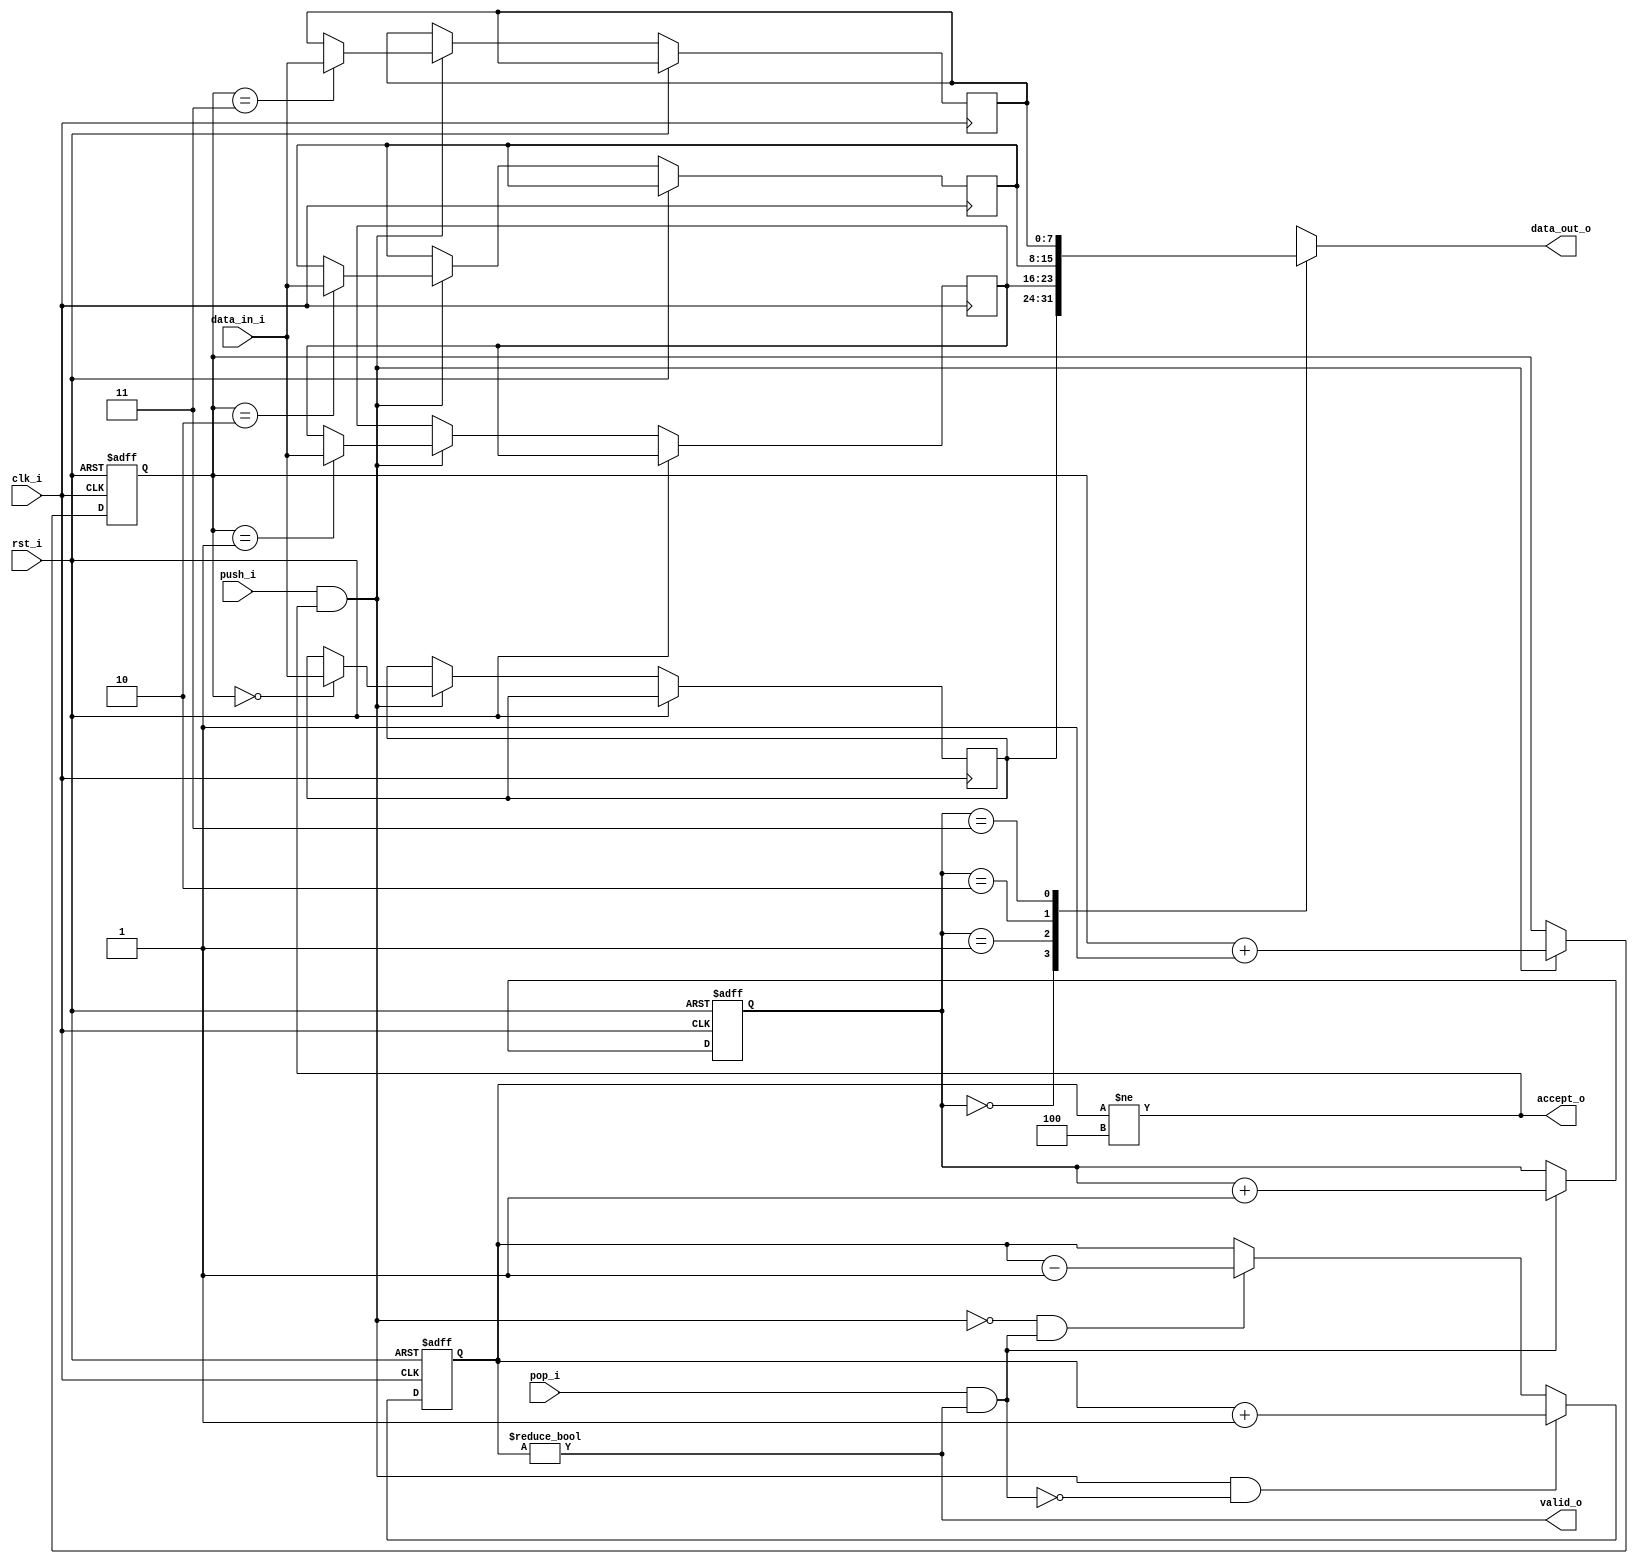
// This program was cloned from: https://github.com/ultraembedded/core_usb_bridge
// License: GNU Lesser General Public License v2.1

//-----------------------------------------------------------------
//                         USB to AXI Bridge
//                              V0.1
//                        Ultra-Embedded.com
//                          Copyright 2019
//
//
//                         License: LGPL
//-----------------------------------------------------------------
//
// This source file may be used and distributed without         
// restriction provided that this copyright statement is not    
// removed from the file and that any derivative work contains  
// the original copyright notice and the associated disclaimer. 
//
// This source file is free software; you can redistribute it   
// and/or modify it under the terms of the GNU Lesser General   
// Public License as published by the Free Software Foundation; 
// either version 2.1 of the License, or (at your option) any   
// later version.
//
// This source is distributed in the hope that it will be       
// useful, but WITHOUT ANY WARRANTY; without even the implied   
// warranty of MERCHANTABILITY or FITNESS FOR A PARTICULAR      
// PURPOSE.  See the GNU Lesser General Public License for more 
// details.
//
// You should have received a copy of the GNU Lesser General    
// Public License along with this source; if not, write to the 
// Free Software Foundation, Inc., 59 Temple Place, Suite 330, 
// Boston, MA  02111-1307  USA
//-----------------------------------------------------------------

//-----------------------------------------------------------------
//                          Generated File
//-----------------------------------------------------------------
module usb_bridge_fifo
//-----------------------------------------------------------------
// Params
//-----------------------------------------------------------------
#(
    parameter WIDTH   = 8,
    parameter DEPTH   = 4,
    parameter ADDR_W  = 2
)
//-----------------------------------------------------------------
// Ports
//-----------------------------------------------------------------
(
    // Inputs
     input               clk_i
    ,input               rst_i
    ,input  [WIDTH-1:0]  data_in_i
    ,input               push_i
    ,input               pop_i

    // Outputs
    ,output [WIDTH-1:0]  data_out_o
    ,output              accept_o
    ,output              valid_o
);

//-----------------------------------------------------------------
// Local Params
//-----------------------------------------------------------------
localparam COUNT_W = ADDR_W + 1;

//-----------------------------------------------------------------
// Registers
//-----------------------------------------------------------------
reg [WIDTH-1:0]   ram_q[DEPTH-1:0];
reg [ADDR_W-1:0]  rd_ptr_q;
reg [ADDR_W-1:0]  wr_ptr_q;
reg [COUNT_W-1:0] count_q;

//-----------------------------------------------------------------
// Sequential
//-----------------------------------------------------------------
always @ (posedge clk_i or posedge rst_i)
if (rst_i)
begin
    count_q   <= {(COUNT_W) {1'b0}};
    rd_ptr_q  <= {(ADDR_W) {1'b0}};
    wr_ptr_q  <= {(ADDR_W) {1'b0}};
end
else
begin
    // Push
    if (push_i & accept_o)
    begin
        ram_q[wr_ptr_q] <= data_in_i;
        wr_ptr_q        <= wr_ptr_q + 1;
    end

    // Pop
    if (pop_i & valid_o)
        rd_ptr_q      <= rd_ptr_q + 1;

    // Count up
    if ((push_i & accept_o) & ~(pop_i & valid_o))
        count_q <= count_q + 1;
    // Count down
    else if (~(push_i & accept_o) & (pop_i & valid_o))
        count_q <= count_q - 1;
end

//-------------------------------------------------------------------
// Combinatorial
//-------------------------------------------------------------------
/* verilator lint_off WIDTH */
assign valid_o       = (count_q != 0);
assign accept_o      = (count_q != DEPTH);
/* verilator lint_on WIDTH */

assign data_out_o    = ram_q[rd_ptr_q];

endmodule